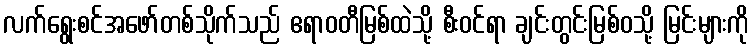
လက်ရွေးစင်အဖော်တစ်သိုက်သည် ဧရာဝတီမြစ်ထဲသို့ စီးဝင်ရာ ချင်းတွင်းမြစ်ဝသို့ မြင်းများကို